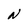
Character: N